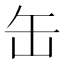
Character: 缶